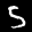
Label: 5